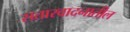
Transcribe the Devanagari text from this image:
सतारवादनातील